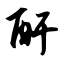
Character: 酐